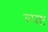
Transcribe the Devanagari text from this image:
स्‍पष्ट